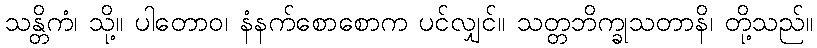
သန္တိကံ၊ သို့။ ပါတောဝ၊ နံနက်စောစောက ပင်လျှင်။ သတ္တဘိက္ခုသတာနိ၊ တို့သည်။